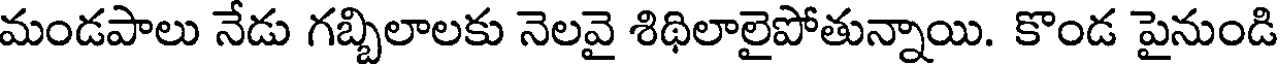
మండపాలు నేడు గబ్బిలాలకు నెలవై శిథిలాలైపోతున్నాయి. కొండ పైనుండి